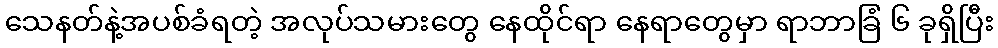
သေနတ်နဲ့အပစ်ခံရတဲ့ အလုပ်သမားတွေ နေထိုင်ရာ နေရာတွေမှာ ရာဘာခြံ ၆ ခုရှိပြီး